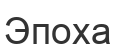
Эпоха